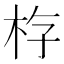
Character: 𪱿